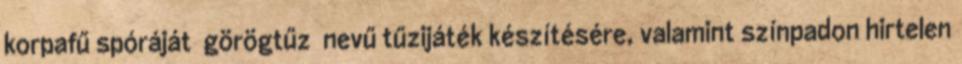
korpafű spóráját görögtűz nevű tűzijáték készítésére, valamint színpadon hirtelen